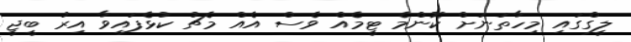
ލީގްގައި މިހާތަނަށް ކޮންމެ ޓީމެއް ވެސް އެއް މެޗު ކުޅެފައިވާ އިރު ބީޖީ